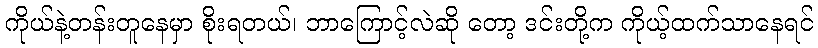
ကိုယ်နဲ့တန်းတူနေမှာ စိုးရတယ်၊ ဘာကြောင့်လဲဆို တော့ ဒင်းတို့က ကိုယ့်ထက်သာနေရင်